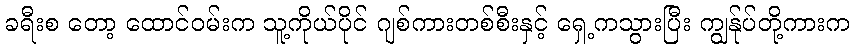
ခရီးစ တော့ ထောင်ဝမ်းက သူ့ကိုယ်ပိုင် ဂျစ်ကားတစ်စီးနှင့် ရှေ့ကသွားပြီး ကျွန်ုပ်တို့ကားက